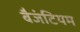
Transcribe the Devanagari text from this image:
बैजंटियम